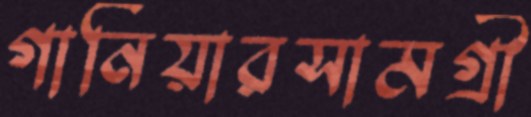
গার্নিয়ারসামগ্রী